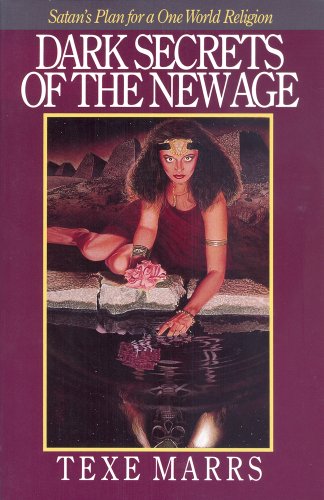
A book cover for Dark Secrets of the New Age: Satan's Plan for a One World Religion; Texe Marrs; Christian Books & Bibles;